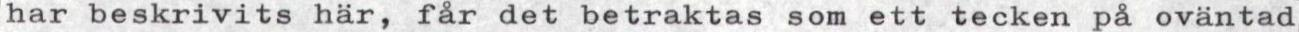
har beskrivits här, får det betraktas som ett tecken på oväntad